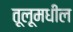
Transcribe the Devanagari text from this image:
तूलूमधील